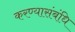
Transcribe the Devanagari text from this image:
करण्यासंबंधि